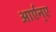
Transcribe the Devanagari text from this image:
आर्एन्ए